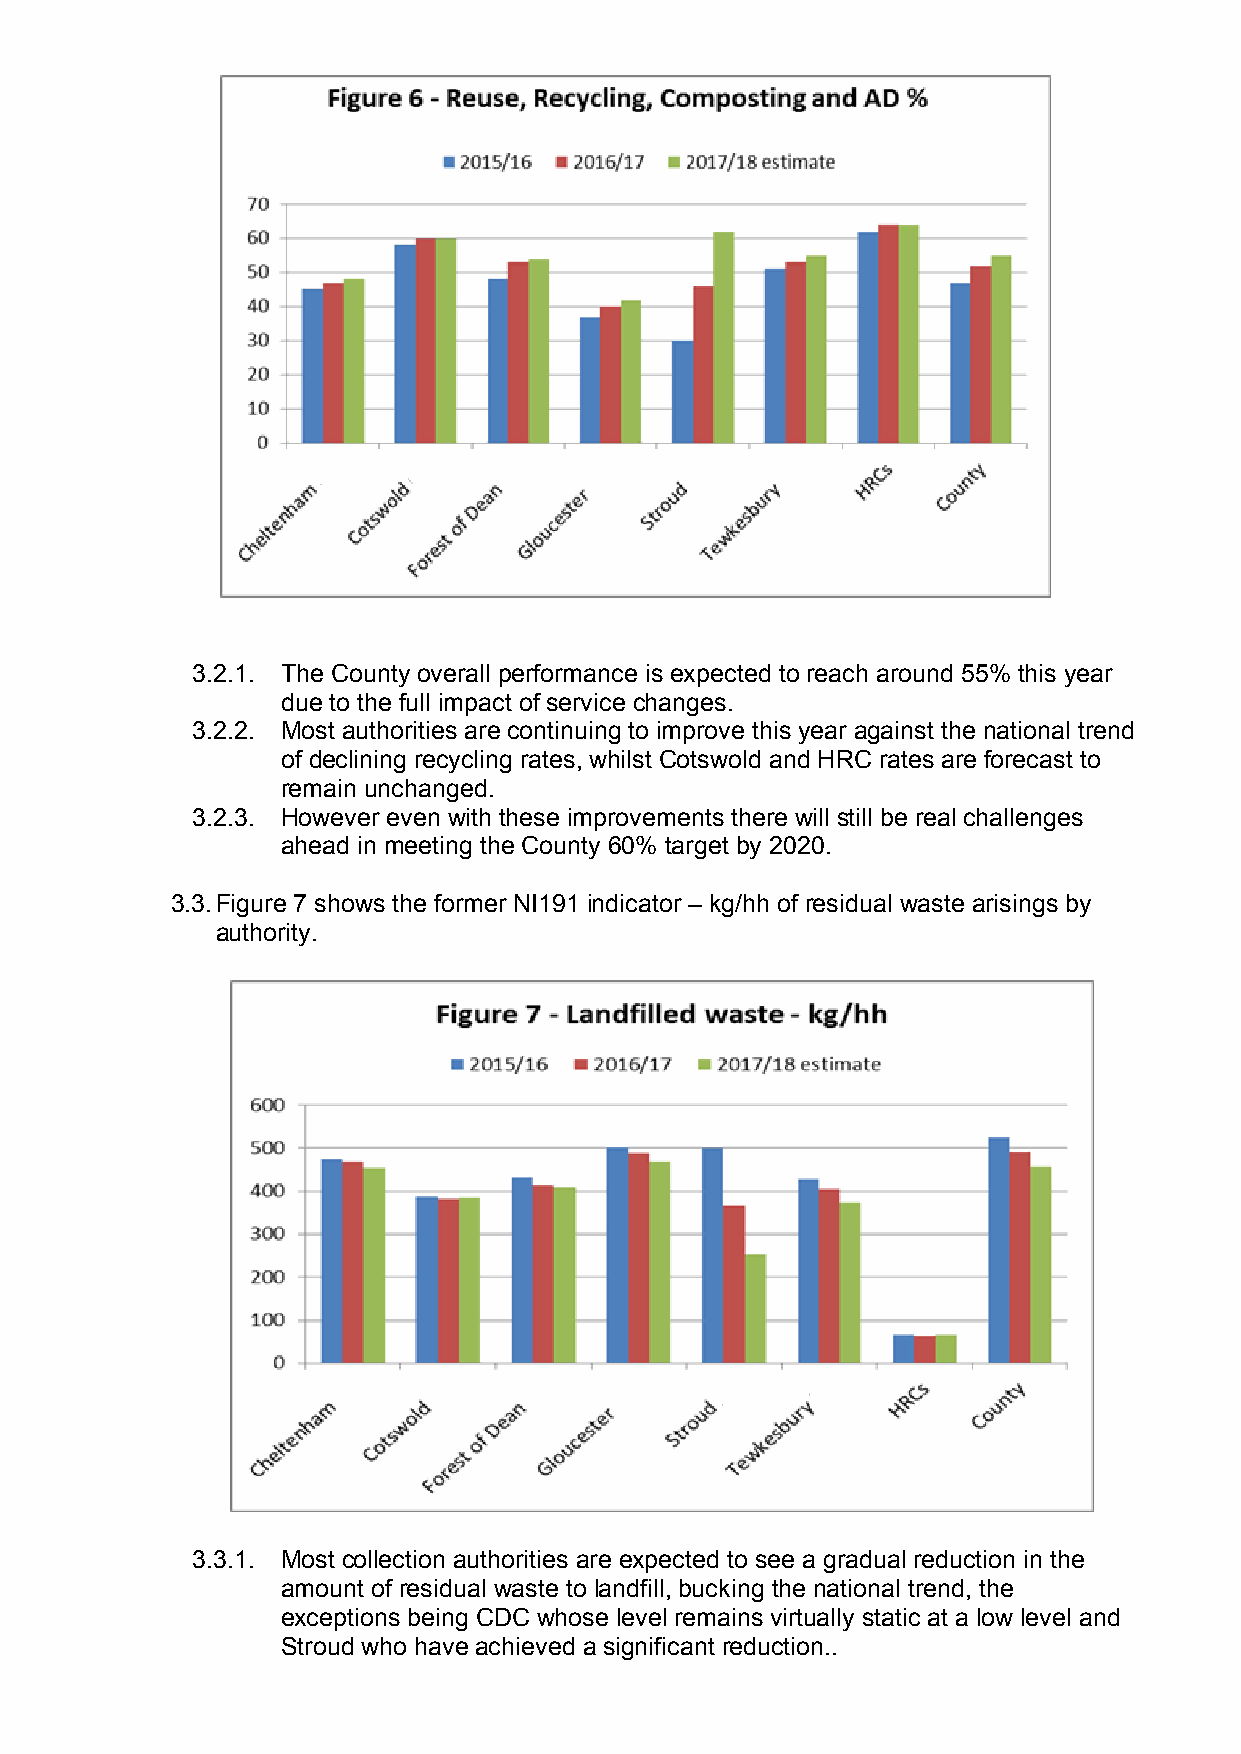
3.2.1. The County overall performance is expected to reach around 55% this year
 due to the full impact of service changes.
 3.2.2. Most authorities are continuing to improve this year against the national trend
 of declining recycling rates, whilst Cotswold and HRC rates are forecast to
 remain unchanged.
 3.2.3. However even with these improvements there will still be real challenges
 ahead in meeting the County 60% target by 2020.
 3.3.Figure 7 shows the former NI191 indicator – kg/hh of residual waste arisings by
 authority.
 3.3.1. Most collection authorities are expected to see a gradual reduction in the
 amount of residual waste to landfill, bucking the national trend, the
 exceptions being CDC whose level remains virtually static at a low level and
 Stroud who have achieved a significant reduction..